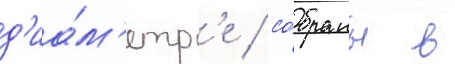
д'иа́м'етр'е / со́браны в